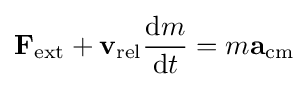
\mathbf {F} _{\mathrm {ext} }+\mathbf {v} _{\mathrm {rel} }{\frac {\mathrm {d} m}{\mathrm {d} t}}=m\mathbf {a} _{\mathrm {cm} }